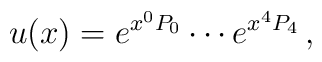
u(x)=e^{x^{0}P_{0}}\cdots e^{x^{4}P_{4}}\, ,